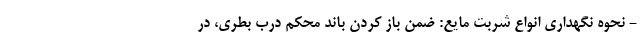
- نحوه نگهداری انواع شربت مایع: ضمن باز کردن باند محکم درب بطری، در